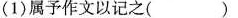
(1)属予作文以记之( )